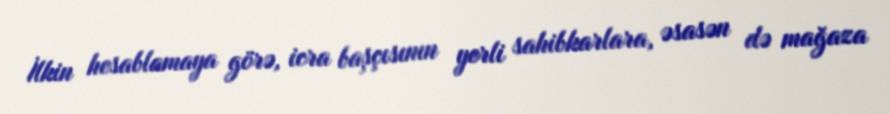
İlkin hesablamaya görə, icra başçısının yerli sahibkarlara, əsasən də mağaza